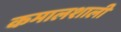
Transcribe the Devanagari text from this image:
कमालशाली